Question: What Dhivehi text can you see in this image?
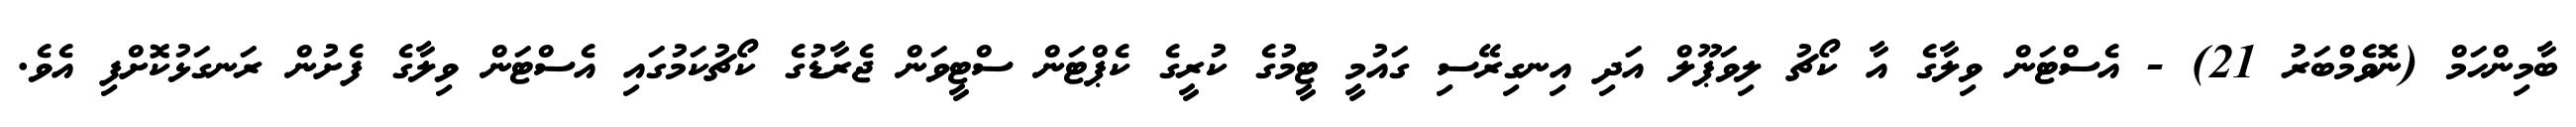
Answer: ބާމިންހަމް (ނޮވެމްބަރު 21) - އެސްޓަން ވިލާގެ އާ ކޯޗު ލިވަޕޫލް އަދި އިނގިރޭސި ގައުމީ ޓީމުގެ ކުރީގެ ކެޕްޓަން ސްޓީވަން ޖެރާޑުގެ ކޯޗުކަމުގައި އެސްޓަން ވިލާގެ ފެށުން ރަނގަޅުކޮށްފި އެވެ.